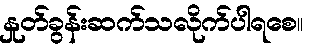
နှုတ်ခွန်းဆက်သလိုက်ပါရစေ။